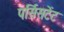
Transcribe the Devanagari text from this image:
पर्सिसटेंट